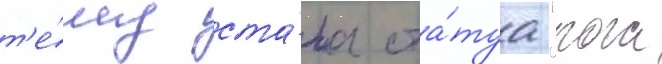
т'е́му ста́ла ста́туа "рога